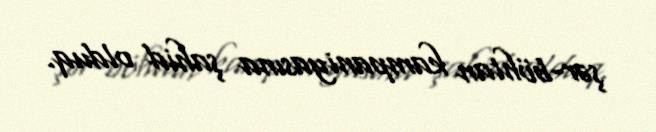
şər-böhtan kampaniyasına şahid olduq.